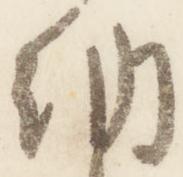
納